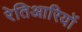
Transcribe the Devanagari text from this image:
रेतिआरियों